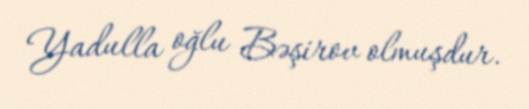
Yadulla oğlu Bəşirov olmuşdur.